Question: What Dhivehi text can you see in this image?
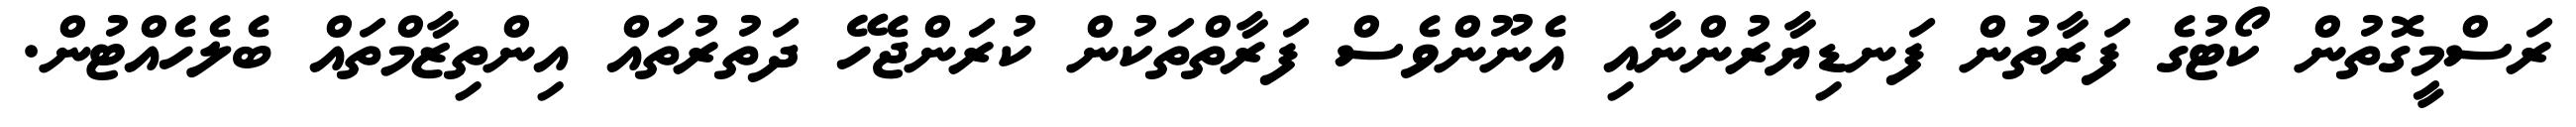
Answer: ރަސްމީގޮތުން ކޯޓުގެ ފަރާތުން ފަނޑިޔާރުންނާއި އެނޫންވެސް ފަރާތްތަކުން ކުރަންޖެހޭ ދަތުރުތައް އިންތިޒާމްތައް ބެލެހެއްޓުން.